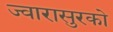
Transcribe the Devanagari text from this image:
ज्वारासुरको